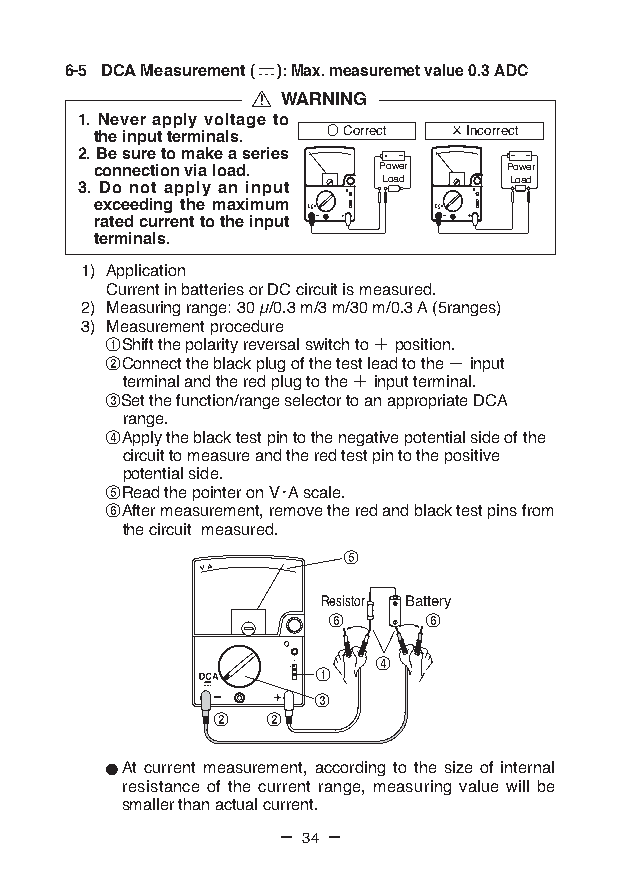
6-5 DCA Measurement ( ): Max. measuremet value 0.3 ADC
 WARNING
 1. Never apply voltage to
 the input terminals. ○ Correct × Incorrect
 2. Be sure to make a series
 connection via load. Power Power
 Load     Load
 3. Do not apply an input
 exceeding the maximum
 rated current to the input
 terminals.
 1) Application
 Current in batteries or DC circuit is measured.
 2) Measuring range: 30 µ/0.3 m/3 m/30 m/0.3 A (5ranges)
 3) Measurement procedure
 ①Shift the polarity reversal switch to ＋ position.
 ②Connect the black plug of the test lead to the − input
 terminal and the red plug to the ＋ input terminal.
 ③Set the function/range selector to an appropriate DCA
 range.
 ④Apply the black test pin to the negative potential side of the
 circuit to measure and the red test pin to the positive
 potential side.
 ⑤Read the pointer on V・A scale.
 ⑥After measurement, remove the red and black test pins from
 the circuit measured.
 ⑤
 Resistor Battery
 ⑥     ⑥
 ④
 ①
 ③
 ②   ②
 At current measurement, according to the size of internal
 resistance of the current range, measuring value will be
 smaller than actual current.
 — 34 —